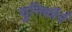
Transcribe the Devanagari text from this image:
युनिकॉर्न